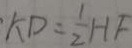
k D = \frac { 1 } { 2 } H F